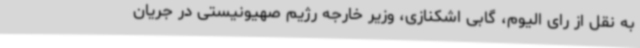
به نقل از رای الیوم، گابی اشکنازی، وزیر خارجه رژیم صهیونیستی در جریان